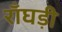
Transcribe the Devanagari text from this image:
राँघड़ी